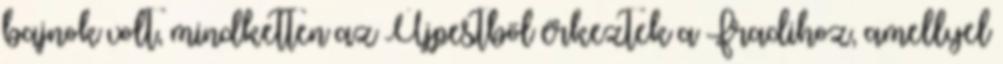
bajnok volt, mindketten az Újpestből érkeztek a Fradihoz, amellyel